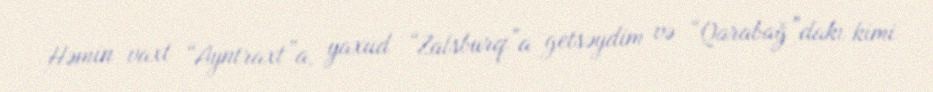
Həmin vaxt “Ayntraxt”a, yaxud “Zalsburq”a getsəydim və “Qarabağ”dakı kimi